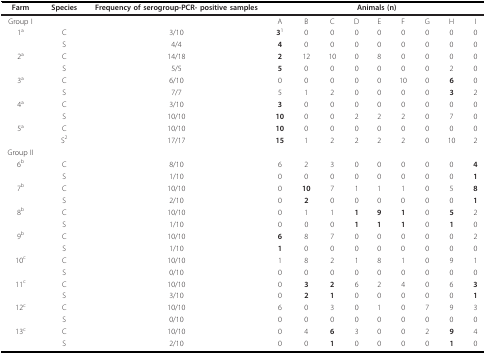
<table><thead><tr><td><b>Farm</b></td><td><b>Species</b></td><td><b>Frequency of serogroup-PCR- positive samples</b></td><td colspan="9"><b>Animals (n)</b></td></tr></thead><tbody><tr><td>Group I</td><td></td><td></td><td>A</td><td>B</td><td>C</td><td>D</td><td>E</td><td>F</td><td>G</td><td>H</td><td>I</td></tr><tr><td>1<sup>a</sup></td><td>C</td><td>3/10</td><td><b>3</b><sup>1</sup></td><td>0</td><td>0</td><td>0</td><td>0</td><td>0</td><td>0</td><td>0</td><td>0</td></tr><tr><td></td><td>S</td><td>4/4</td><td><b>4</b></td><td>0</td><td>0</td><td>0</td><td>0</td><td>0</td><td>0</td><td>0</td><td>0</td></tr><tr><td>2<sup>a</sup></td><td>C</td><td>14/18</td><td><b>2</b></td><td>12</td><td>10</td><td>0</td><td>8</td><td>0</td><td>0</td><td>0</td><td>0</td></tr><tr><td></td><td>S</td><td>5/5</td><td><b>5</b></td><td>0</td><td>0</td><td>0</td><td>0</td><td>0</td><td>0</td><td>2</td><td>0</td></tr><tr><td>3<sup>a</sup></td><td>C</td><td>6/10</td><td>0</td><td>0</td><td>0</td><td>0</td><td>0</td><td>10</td><td>0</td><td><b>6</b></td><td>0</td></tr><tr><td></td><td>S</td><td>7/7</td><td>5</td><td>1</td><td>2</td><td>0</td><td>0</td><td>0</td><td>0</td><td><b>3</b></td><td>2</td></tr><tr><td>4<sup>a</sup></td><td>C</td><td>3/10</td><td><b>3</b></td><td>0</td><td>0</td><td>0</td><td>0</td><td>0</td><td>0</td><td>0</td><td>0</td></tr><tr><td></td><td>S</td><td>10/10</td><td><b>10</b></td><td>0</td><td>0</td><td>2</td><td>2</td><td>2</td><td>0</td><td>7</td><td>0</td></tr><tr><td>5<sup>a</sup></td><td>C</td><td>10/10</td><td><b>10</b></td><td>0</td><td>0</td><td>0</td><td>0</td><td>0</td><td>0</td><td>0</td><td>0</td></tr><tr><td></td><td>S<sup>2</sup></td><td>17/17</td><td><b>15</b></td><td>1</td><td>2</td><td>2</td><td>2</td><td>2</td><td>0</td><td>10</td><td>2</td></tr><tr><td>Group II</td><td></td><td></td><td></td><td></td><td></td><td></td><td></td><td></td><td></td><td></td><td></td></tr><tr><td>6<sup>b</sup></td><td>C</td><td>8/10</td><td>6</td><td>2</td><td>3</td><td>0</td><td>0</td><td>0</td><td>0</td><td>0</td><td><b>4</b></td></tr><tr><td></td><td>S</td><td>1/10</td><td>0</td><td>0</td><td>0</td><td>0</td><td>0</td><td>0</td><td>0</td><td>0</td><td><b>1</b></td></tr><tr><td>7<sup>b</sup></td><td>C</td><td>10/10</td><td>0</td><td><b>10</b></td><td>7</td><td>1</td><td>1</td><td>1</td><td>0</td><td>5</td><td><b>8</b></td></tr><tr><td></td><td>S</td><td>2/10</td><td>0</td><td><b>2</b></td><td>0</td><td>0</td><td>0</td><td>0</td><td>0</td><td>0</td><td><b>1</b></td></tr><tr><td>8<sup>b</sup></td><td>C</td><td>10/10</td><td>0</td><td>1</td><td>1</td><td><b>1</b></td><td><b>9</b></td><td><b>1</b></td><td>0</td><td><b>5</b></td><td>2</td></tr><tr><td></td><td>S</td><td>1/10</td><td>0</td><td>0</td><td>0</td><td><b>1</b></td><td><b>1</b></td><td><b>1</b></td><td>0</td><td><b>1</b></td><td>0</td></tr><tr><td>9<sup>b</sup></td><td>C</td><td>10/10</td><td><b>6</b></td><td>8</td><td>7</td><td>0</td><td>0</td><td>0</td><td>0</td><td>0</td><td>2</td></tr><tr><td></td><td>S</td><td>1/10</td><td><b>1</b></td><td>0</td><td>0</td><td>0</td><td>0</td><td>0</td><td>0</td><td>0</td><td>0</td></tr><tr><td>10<sup>c</sup></td><td>C</td><td>10/10</td><td>1</td><td>8</td><td>2</td><td>1</td><td>8</td><td>1</td><td>0</td><td>9</td><td>1</td></tr><tr><td></td><td>S</td><td>0/10</td><td>0</td><td>0</td><td>0</td><td>0</td><td>0</td><td>0</td><td>0</td><td>0</td><td>0</td></tr><tr><td>11<sup>c</sup></td><td>C</td><td>10/10</td><td>0</td><td><b>3</b></td><td><b>2</b></td><td>6</td><td>2</td><td>4</td><td>0</td><td>6</td><td><b>3</b></td></tr><tr><td></td><td>S</td><td>3/10</td><td>0</td><td><b>2</b></td><td><b>1</b></td><td>0</td><td>0</td><td>0</td><td>0</td><td>0</td><td><b>1</b></td></tr><tr><td>12<sup>c</sup></td><td>C</td><td>10/10</td><td>6</td><td>0</td><td>3</td><td>0</td><td>1</td><td>0</td><td>7</td><td>9</td><td>3</td></tr><tr><td></td><td>S</td><td>0/10</td><td>0</td><td>0</td><td>0</td><td>0</td><td>0</td><td>0</td><td>0</td><td>0</td><td>0</td></tr><tr><td>13<sup>c</sup></td><td>C</td><td>10/10</td><td>0</td><td>4</td><td><b>6</b></td><td>3</td><td>0</td><td>0</td><td>2</td><td><b>9</b></td><td>4</td></tr><tr><td></td><td>S</td><td>2/10</td><td>0</td><td>0</td><td><b>1</b></td><td>0</td><td>0</td><td>0</td><td>0</td><td><b>1</b></td><td>0</td></tr></tbody></table>